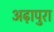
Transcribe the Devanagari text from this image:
अढ़ापुरा